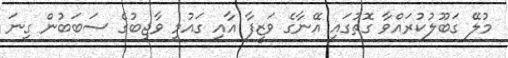
މުލޭ ގަބޫލުކުރައްވާ ގޮތުގައި އޭނާގެ ވަޒީފާ އާއި ގައުމީ ވާޖިބުގެ ސަބަބުން ގިނަ